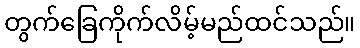
တွက်ခြေကိုက်လိမ့်မည်ထင်သည်။